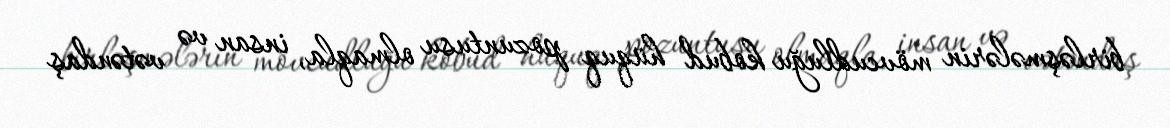
birləşmələrin mövcudluğu kobud hüquq pozuntusu olmaqla, insan və vətəndaş